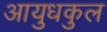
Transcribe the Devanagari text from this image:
आयुधकुल